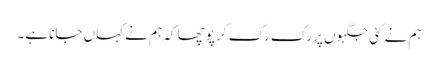
ہم نے کئی جگہوں پر رک رک کر پوچھا کہ ہم نے کہاں جانا ہے۔